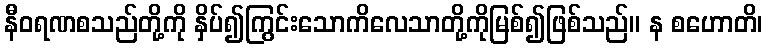
နီဝရဏစသည်တို့ကို နှိပ်၍ကြွင်းသောကိလေသာတို့ကိုမြစ်၍ဖြစ်သည်။ န စဟောတိ၊